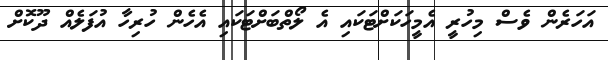
އަހަރެން ވެސް މިހުރީ އެމީހަކަށްޓަކައި އެ ލޯތްބަށްޓަކައި އެހެން ހުރިހާ އުފަލެއް ދޫކޮށް